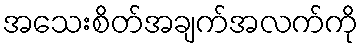
အသေးစိတ်အချက်အလက်ကို